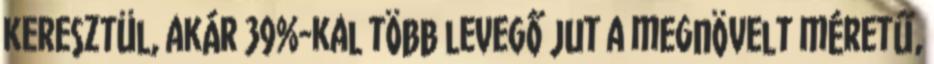
keresztül, akár 39%-kal több levegő jut a megnövelt méretű,